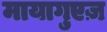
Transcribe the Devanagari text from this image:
मायागुएज़